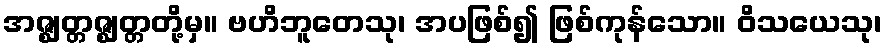
အဇ္ဈတ္တဇ္ဈတ္တတို့မှ။ ဗဟိဘူတေသု၊ အပဖြစ်၍ ဖြစ်ကုန်သော။ ဝိသယေသု၊